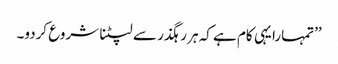
’’تمہارا یہی کام ہے کہ ہر رہگذر سے لپٹنا شروع کردو۔